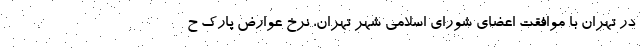
در تهران با موافقت اعضای شورای اسلامی شهر تهران، نرخ عوارض پارک ح